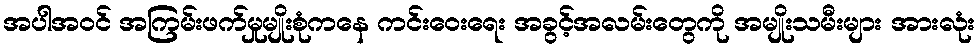
အပါအဝင် အကြမ်းဖက်မှုမျိုးစုံကနေ ကင်းဝေးရေး အခွင့်အလမ်းတွေကို အမျိုးသမီးများ အားလုံး